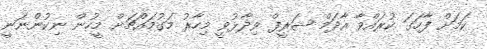
ކަމަށް ފާހަގަ ކުރައްވާ އާދަމް ޝަރީފް ވިދާޅުވީ މިހާރު މަގުމައްޗަށް މީހުން ނިކުންނަނީ